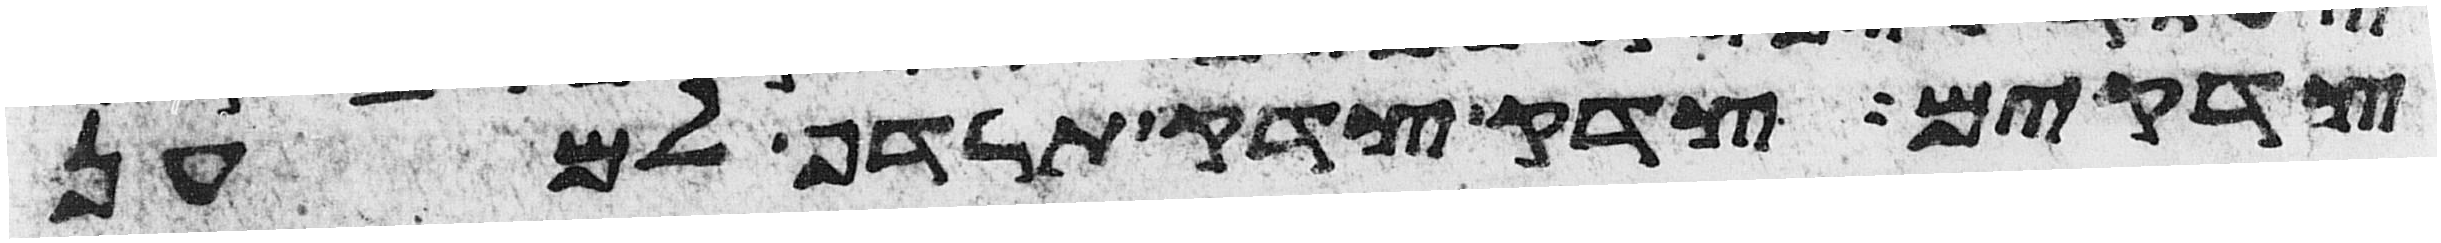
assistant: צדקים צדק צדק תרדף למען